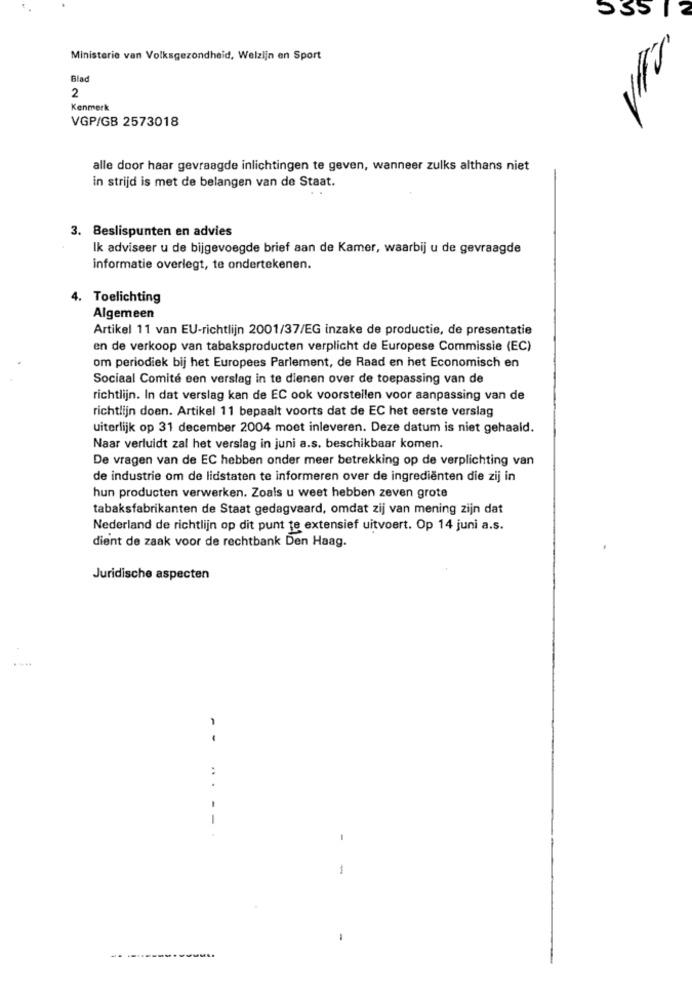
Ministerie van Volksgezondheid, Welzijn en Sport
Blad
2
Kenmerk
VGP/GB 2573018
alle door haar gevraagde inlichtingen te geven, wanneer zulks althans niet
in strijd is met de belangen van de Staat.
3. Beslispunten en advies
Ik adviseer u de bijgevoegde brief aan de Kamer, waarbij u de gevraagde
informatie overlegt, te ondertekenen.
4. Toelichting
Algemeen
Artikel 11 van EU-richtlijn 2001/37/EG inzake de productie, de presentatie
en de verkoop van tabaksproducten verplicht de Europese Commissie (EC)
om periodiek bij het Europees Parlement, de Raad en het Economisch en
Sociaal Comité een verslag in te dienen over de toepassing van de
richtlijn. In dat verslag kan de EC ook voorstellen voor aanpassing van de
richtlijn doen. Artikel 11 bepaalt voorts dat de EC het eerste verslag
uiterlijk op 31 december 2004 moet inleveren. Deze datum is niet gehaald.
Naar verluidt zal het verslag in juni a.s. beschikbaar komen.
De vragen van de EC hebben onder meer betrekking op de verplichting van
de industrie om de lidstaten te informeren over de ingrediënten die zij in
hun producten verwerken. Zoals u weet hebben zeven grote
tabaksfabrikanten de Staat gedagvaard, omdat zij van mening zijn dat
Nederland de richtlijn op dit punt te extensief uitvoert. Op 14 juni a.s.
dient de zaak voor de rechtbank Den Haag.
Juridische aspecten
..
..
--.
-
1
-.